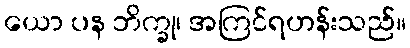
ယော ပန ဘိက္ခု၊ အကြင်ရဟန်းသည်။